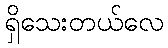
ရှိသေးတယ်လေ